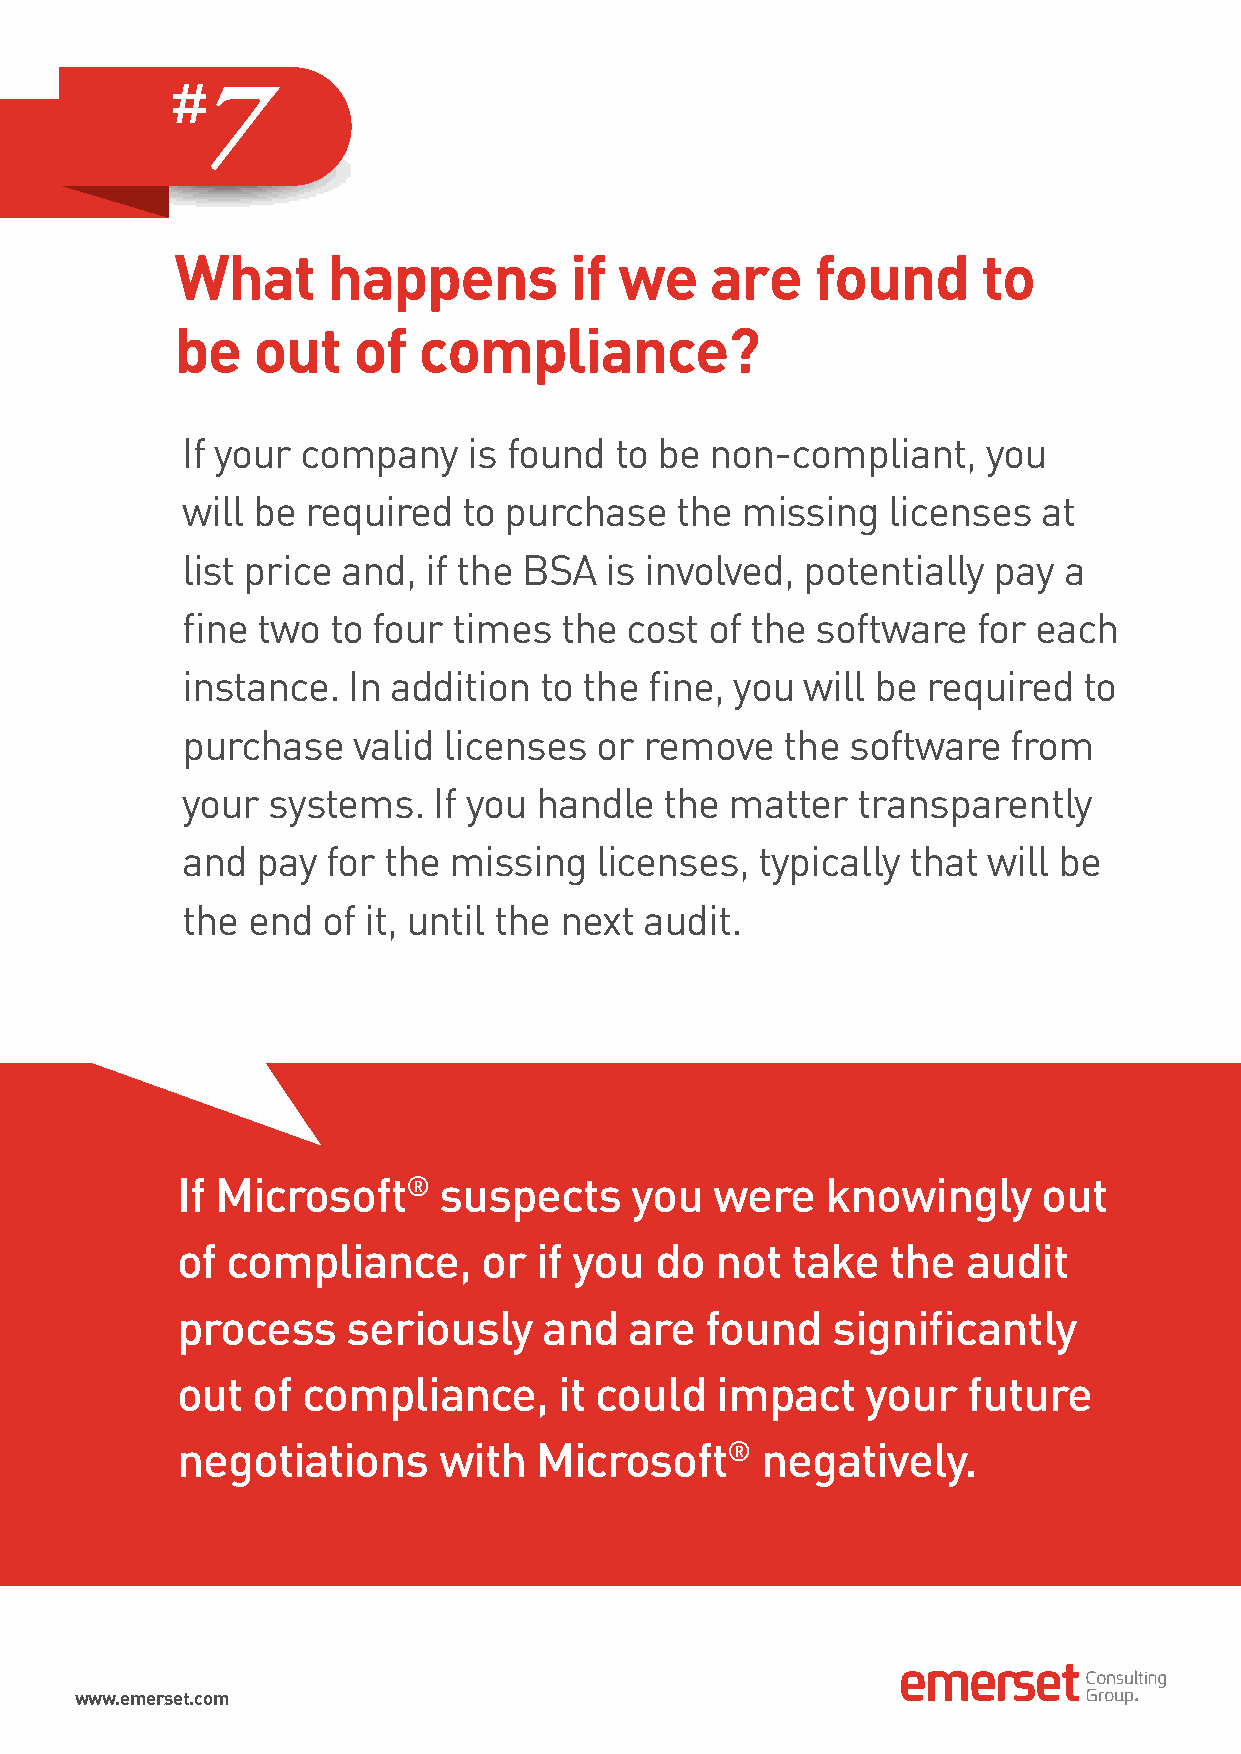
7
 What      happens         if we    are    found      to
 be   out   of   compliance?
 If your company    is found  to be non-compliant,    you
 will be required   to purchase   the missing   licenses  at
 list price and, if the BSA  is involved, potentially  pay a
 fine two  to four times  the cost  of the software   for each
 instance.  In addition  to the fine, you will be required   to
 purchase   valid licenses  or  remove   the software   from
 your  systems.   If you handle  the matter   transparently
 and  pay  for the missing  licenses,  typically that will be
 the end  of it, until the next audit.
 If Microsoft®    suspects     you  were    knowingly     out
 of compliance,      or  if you do  not  take   the  audit
 process    seriously    and   are  found   significantly
 out  of compliance,      it could  impact    your   future
 negotiations     with  Microsoft®     negatively.
 www.emerset.com